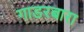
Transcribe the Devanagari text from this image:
गाडरबारा